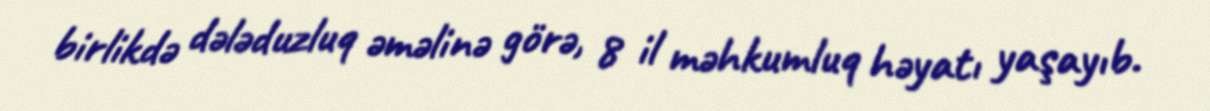
birlikdə dələduzluq əməlinə görə, 8 il məhkumluq həyatı yaşayıb.